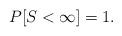
LaTeX: \begin{align*}P[S < \infty] = 1.\end{align*}